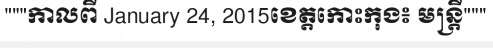
"""កាលពី January 24, 2015ខេត្តកោះកុង៖ មន្ត្រី"""